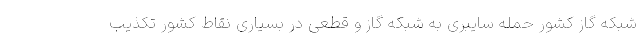
شبکه گاز کشور حمله سایبری به شبکه گاز و قطعی در بسیاری نقاط کشور تکذیب